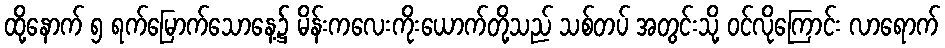
ထို့နောက် ၅ ရက်မြောက်သောနေ့၌ မိန်းကလေးကိုးယောက်တို့သည် သစ်တပ် အတွင်းသို့ ဝင်လိုကြောင်း လာရောက်